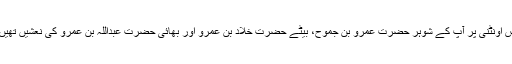
اس اونٹنی پر آپ کے شوہر حضرت عَمرو بن جَموح، بیٹے حضرت خَلَّادْ بن عمرو اور بھائی حضرت عبداللہ بن عمرو کی نعشیں تھیں ۔